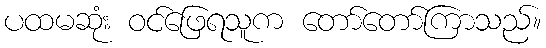
ပထမဆုံး ဝင်ဖြေရသူက တော်တော်ကြာသည်။